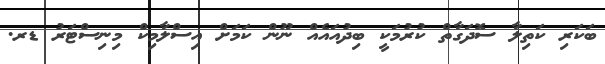
ބަކަރި ކަތިލާ ސޮދަގާތް ކުރުމަކީ ބިދުއައެއް ނޫން ކަމަށް އިސްލާމިކް މިނިސްޓަރު ޑރ.